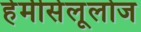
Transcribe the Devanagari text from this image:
हेमीसेलूलोज